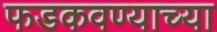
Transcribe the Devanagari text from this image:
फडकवण्याच्या